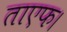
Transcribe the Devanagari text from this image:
ताएफ।